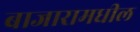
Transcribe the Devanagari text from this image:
बाजारामधील